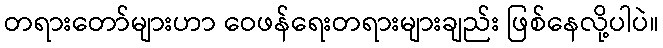
တရားတော်များဟာ ဝေဖန်ရေးတရားများချည်း ဖြစ်နေလို့ပါပဲ။